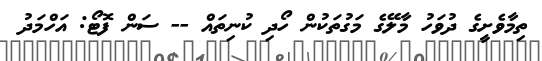
ތިމާވެށީގެ ދުވަހު މާލޭގެ މަގުތަކުން ހޯދި ކުނިތައް -- ސަން ފޮޓޯ: އަހްމަދު